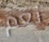
نعم